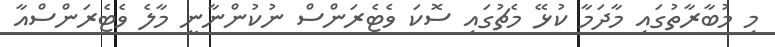
މި މުބާރާތުގައި މާދަމާ ކުޅޭ މެޗުގައި ސޮކަ ވެޓެރަންސް ނުކުންނާނީ މާލެ ވެޓެރަންސްއާ